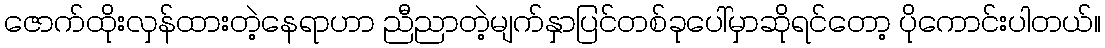
ဇောက်ထိုးလှန်ထားတဲ့နေရာဟာ ညီညာတဲ့မျက်နှာပြင်တစ်ခုပေါ်မှာဆိုရင်တော့ ပိုကောင်းပါတယ်။